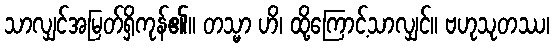
သာလျှင်အမြတ်ရှိကုန်၏။ တသ္မာ ဟိ၊ ထို့ကြောင့်သာလျှင်။ ဗဟုသုတဿ၊